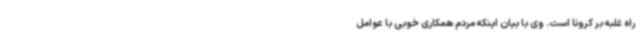
راه غلبه بر کرونا است. وی با بیان اینکه مردم همکاری خوبی با عوامل